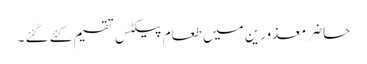
حاضر معذورین میں طعام پیکٹس تقسیم کئے گئے ۔